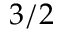
3 / 2